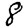
Digit: 8